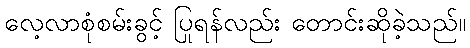
လေ့လာစုံစမ်းခွင့် ပြုရန်လည်း တောင်းဆိုခဲ့သည်။